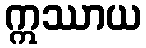
ဣဿာယ